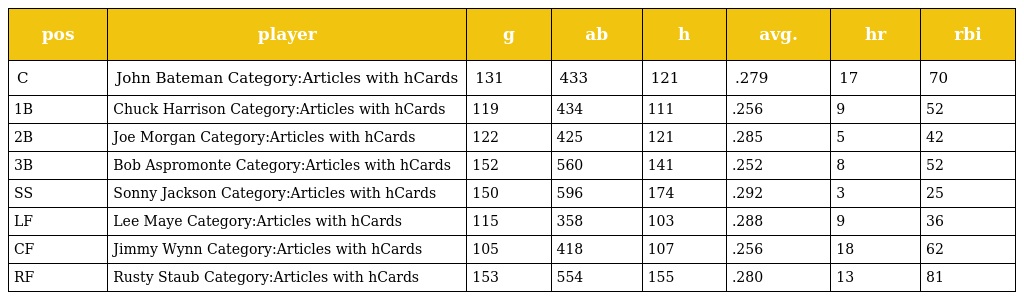
| pos | player | g | ab | h | avg. | hr | rbi |
 | --- | --- | --- | --- | --- | --- | --- | --- |
 | C | John Bateman Category:Articles with hCards | 131 | 433 | 121 | .279 | 17 | 70 |
 | 1B | Chuck Harrison Category:Articles with hCards | 119 | 434 | 111 | .256 | 9 | 52 |
 | 2B | Joe Morgan Category:Articles with hCards | 122 | 425 | 121 | .285 | 5 | 42 |
 | 3B | Bob Aspromonte Category:Articles with hCards | 152 | 560 | 141 | .252 | 8 | 52 |
 | SS | Sonny Jackson Category:Articles with hCards | 150 | 596 | 174 | .292 | 3 | 25 |
 | LF | Lee Maye Category:Articles with hCards | 115 | 358 | 103 | .288 | 9 | 36 |
 | CF | Jimmy Wynn Category:Articles with hCards | 105 | 418 | 107 | .256 | 18 | 62 |
 | RF | Rusty Staub Category:Articles with hCards | 153 | 554 | 155 | .280 | 13 | 81 |